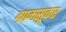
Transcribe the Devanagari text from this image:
ग्रामसूकर